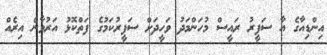
އިންޑިއާގެ އާ ސަފީރު ރައީސް މުހަންމަދު ވަހީދަށް ސަފީރުކަމުގެ ފަތްކޮޅު އަރުވާނެ އިރެއް